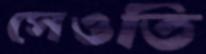
সেওতি